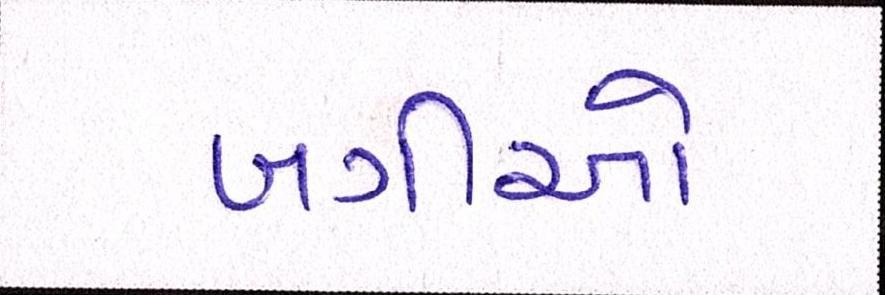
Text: બગીઓ